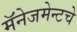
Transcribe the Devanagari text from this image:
मॅनेजमेन्टचे